65_HS1-834228961_62-HQ-83894_Section_10
Agency: FBI
Page 44
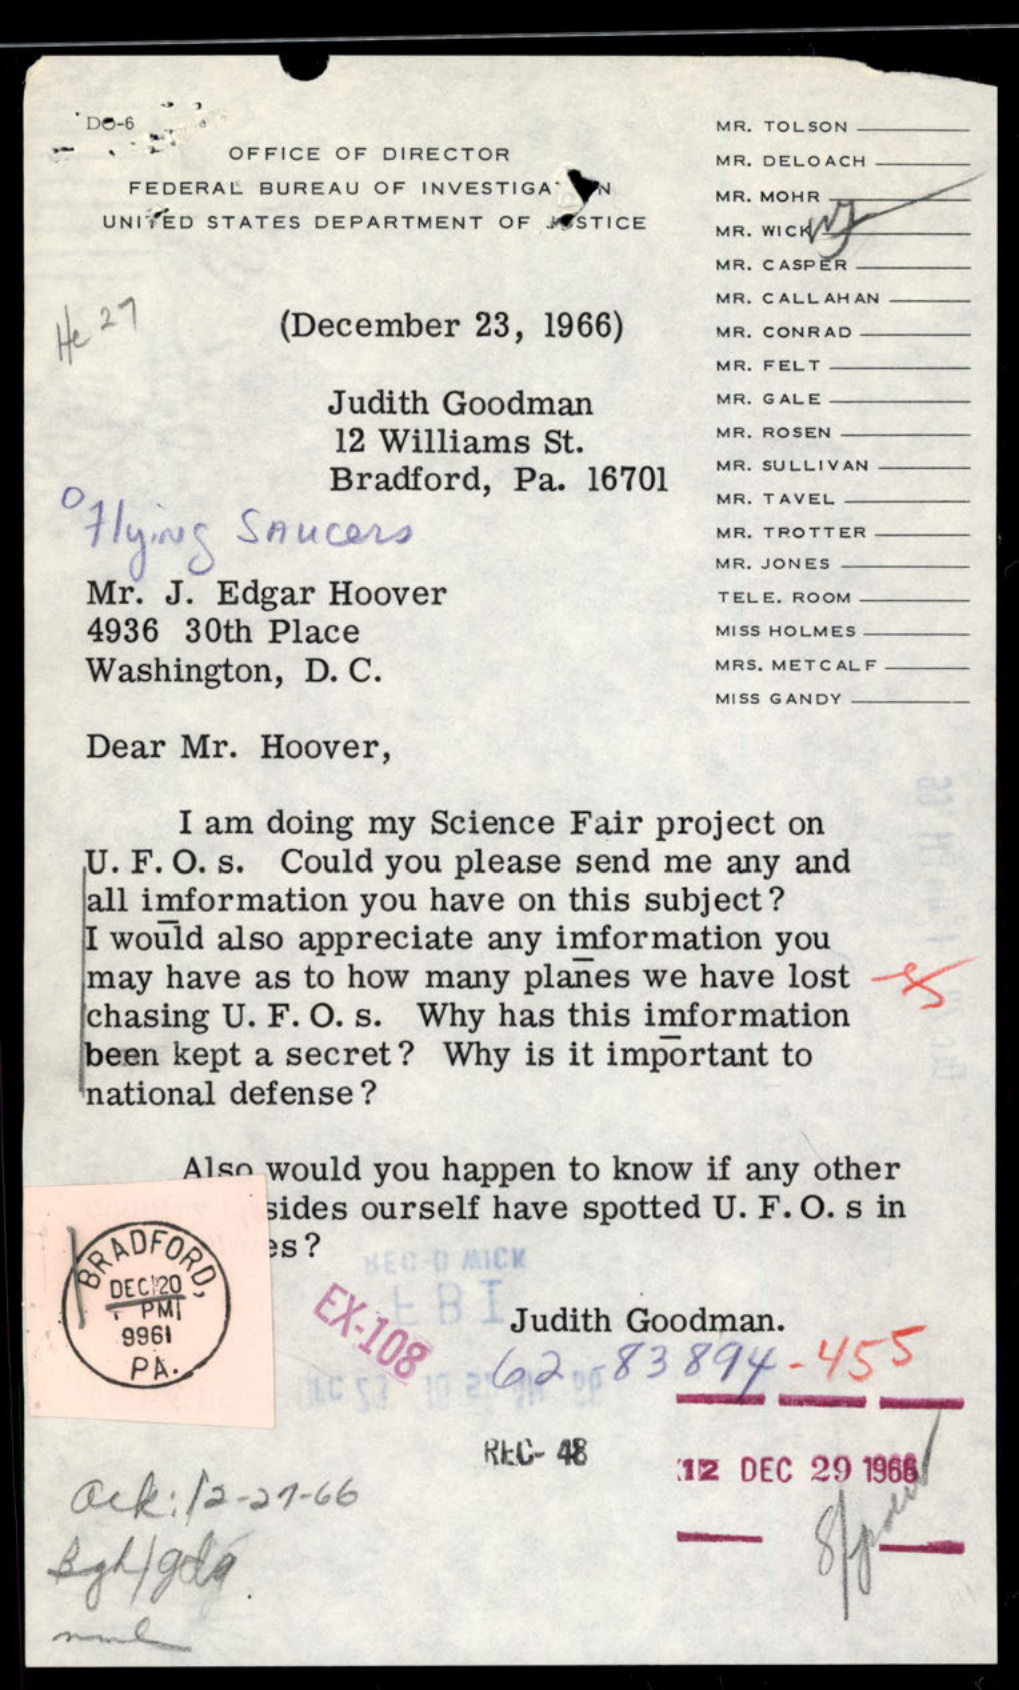